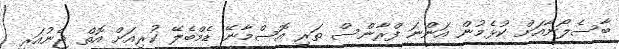
ބާސެލޯނާއަށް ކުޅެމުން އަންނަ ފްރާންސް ތަރި އޮސްމާނޭ ޑެމްބެލޭ ކުރިއަށް އޮތް ޖެނުއަރީ